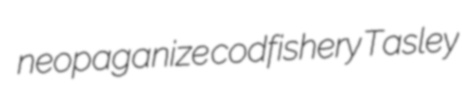
neopaganize codfishery Tasley